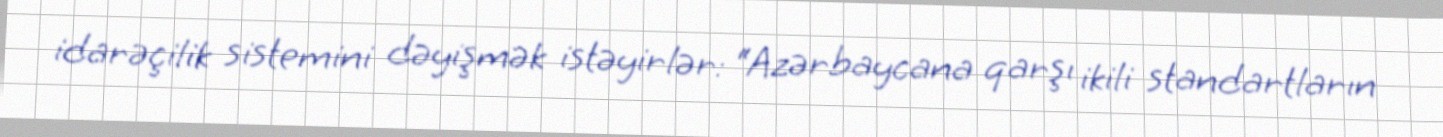
idarəçilik sistemini dəyişmək istəyirlər: “Azərbaycana qarşı ikili standartların